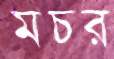
মচর